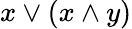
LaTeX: x\vee(x\wedge y)